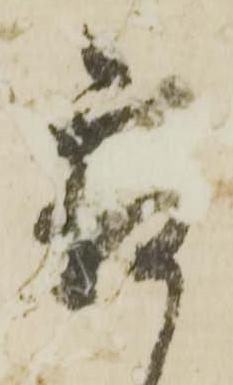
霜